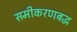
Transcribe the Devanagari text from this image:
समीकरणबद्ध